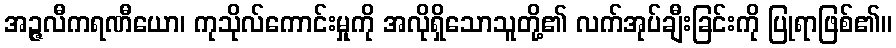
အဉ္ဇလီကရဏီယော၊ ကုသိုလ်ကောင်းမှုကို အလိုရှိသောသူတို့၏ လက်အုပ်ချီးခြင်းကို ပြုရာဖြစ်၏။